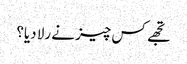
تجھے کس چیز نے رلا دیا؟